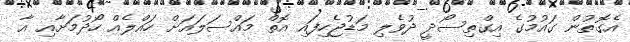
އެގޮތުން ގައުމުގެ އިގްތިސޯދީ ދުވެލި މަޑުޖެހިފައި އޮތް މައްސަލައަށް ހައްލެއް ހޯދުމަށާއި އާ